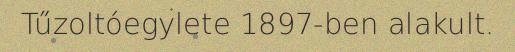
Tűzoltóegylete 1897-ben alakult.